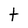
Character: t